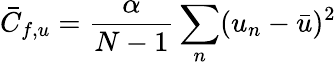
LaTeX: \bar{C}_{f,u}=\frac{\alpha}{N-1}\sum_{n}(u_{n}-\bar{u})^{2}